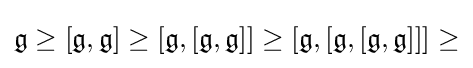
{\mathfrak {g}}\geq [{\mathfrak {g}},{\mathfrak {g}}]\geq [{\mathfrak {g}},[{\mathfrak {g}},{\mathfrak {g}}]]\geq [{\mathfrak {g}},[{\mathfrak {g}},[{\mathfrak {g}},{\mathfrak {g}}]]]\geq